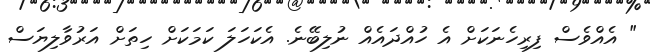
" އެއްވެސް ފިރިހެނަކަށް އެ ހުއްދައެއް ނުލިބޭނެ. އެކަހަލަ ކަމަކަށް ހިތަށް އަރުވާލިޔަސް